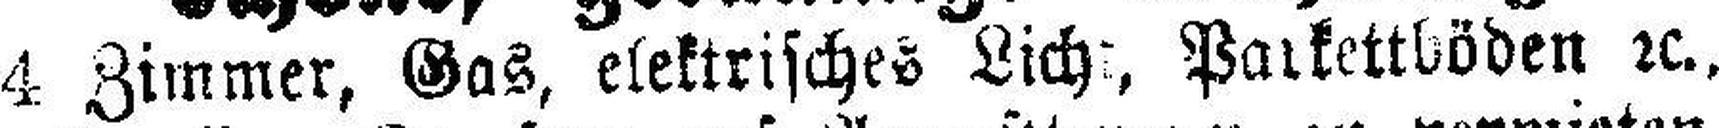
4 Zimmer, Gas, elektrisches Lich:, Parkettböden rc.,